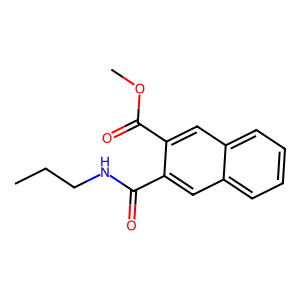
SMILES: CCCNC(=O)c1cc2ccccc2cc1C(=O)OC
Inhibits HIV replication: No